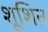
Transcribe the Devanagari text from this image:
शूशिन